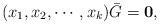
LaTeX: \begin{align*}(x_1,x_2,\cdots,x_k)\bar{G}={\bf 0},\end{align*}